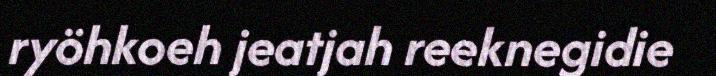
ryöhkoeh jeatjah reeknegidie